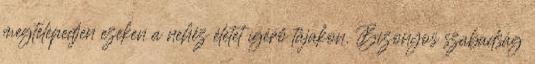
megtelepedjen ezeken a nehéz életet ígérő tájakon. Bizonyos szabadság